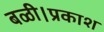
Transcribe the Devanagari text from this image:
बळी।प्रकाश